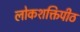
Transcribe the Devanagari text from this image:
लोकशक्तिपीठ